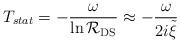
LaTeX: \begin{align*} T_{stat} = -\frac{\omega}{\ln {\cal R}_{\rm DS}} \approx - \frac{\omega}{2i{\tilde\xi}}\end{align*}